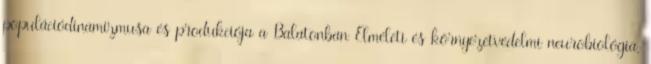
populációdinamizmusa és produkciója a Balatonban Elméleti és környezetvédelmi neurobiológia,